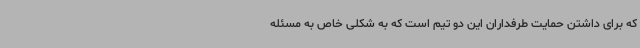
که برای داشتن حمایت طرفداران این دو تیم است که به شکلی خاص به مسئله